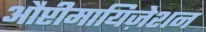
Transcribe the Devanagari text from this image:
औप्टीमायिज़ेशन